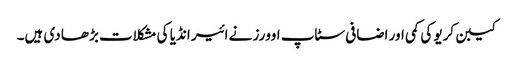
کیبن کریو کی کمی اور اضافی سٹاپ اوورز نے ائیر انڈیا کی مشکلات بڑھا دی ہیں۔